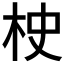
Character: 𣐳